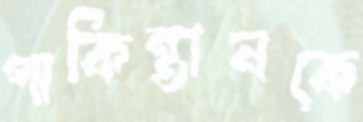
পাকিন্তানকে